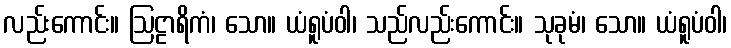
လည်းကောင်း။ ဩဠာရိကံ၊ သော။ ယံရူပံဝါ၊ သည်လည်းကောင်း။ သုခုမံ၊ သော။ ယံရူပံဝါ၊